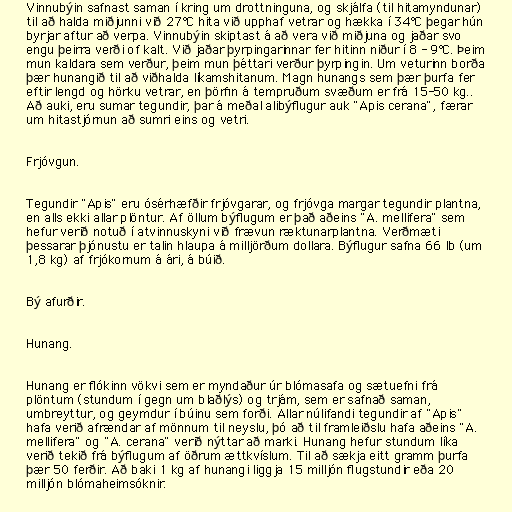
Vinnubýin safnast saman í kring um drottninguna, og skjálfa (til hitamyndunar)
til að halda miðjunni við 27°C hita við upphaf vetrar og hækka í 34°C þegar hún
byrjar aftur að verpa. Vinnubýin skiptast á að vera við miðjuna og jaðar svo
engu þeirra verði of kalt. Við jaðar þyrpingarinnar fer hitinn niður í 8 - 9°C. Þeim
mun kaldara sem verður, þeim mun þéttari verður þyrpingin. Um veturinn borða
þær hunangið til að viðhalda líkamshitanum. Magn hunangs sem þær þurfa fer
eftir lengd og hörku vetrar, en þörfin á tempruðum svæðum er frá 15-50 kg..
Að auki, eru sumar tegundir, þar á meðal alibýflugur auk "Apis cerana", færar
um hitastjórnun að sumri eins og vetri.

Frjóvgun.

Tegundir "Apis" eru ósérhæfðir frjóvgarar, og frjóvga margar tegundir plantna,
en alls ekki allar plöntur. Af öllum býflugum er það aðeins "A. mellifera" sem
hefur verið notuð í atvinnuskyni við frævun ræktunarplantna. Verðmæti
þessarar þjónustu er talin hlaupa á milljörðum dollara. Býflugur safna 66 lb (um
1,8 kg) af frjókornum á ári, á búið.

Bý afurðir.

Hunang.

Hunang er flókinn vökvi sem er myndaður úr blómasafa og sætuefni frá
plöntum (stundum í gegn um blaðlýs) og trjám, sem er safnað saman,
umbreyttur, og geymdur í búinu sem forði. Allar núlifandi tegundir af "Apis"
hafa verið afrændar af mönnum til neyslu, þó að til framleiðslu hafa aðeins "A.
mellifera" og "A. cerana" verið nýttar að marki. Hunang hefur stundum líka
verið tekið frá býflugum af öðrum ættkvíslum. Til að sækja eitt gramm þurfa
þær 50 ferðir. Að baki 1 kg af hunangi liggja 15 milljón flugstundir eða 20
milljón blómaheimsóknir.